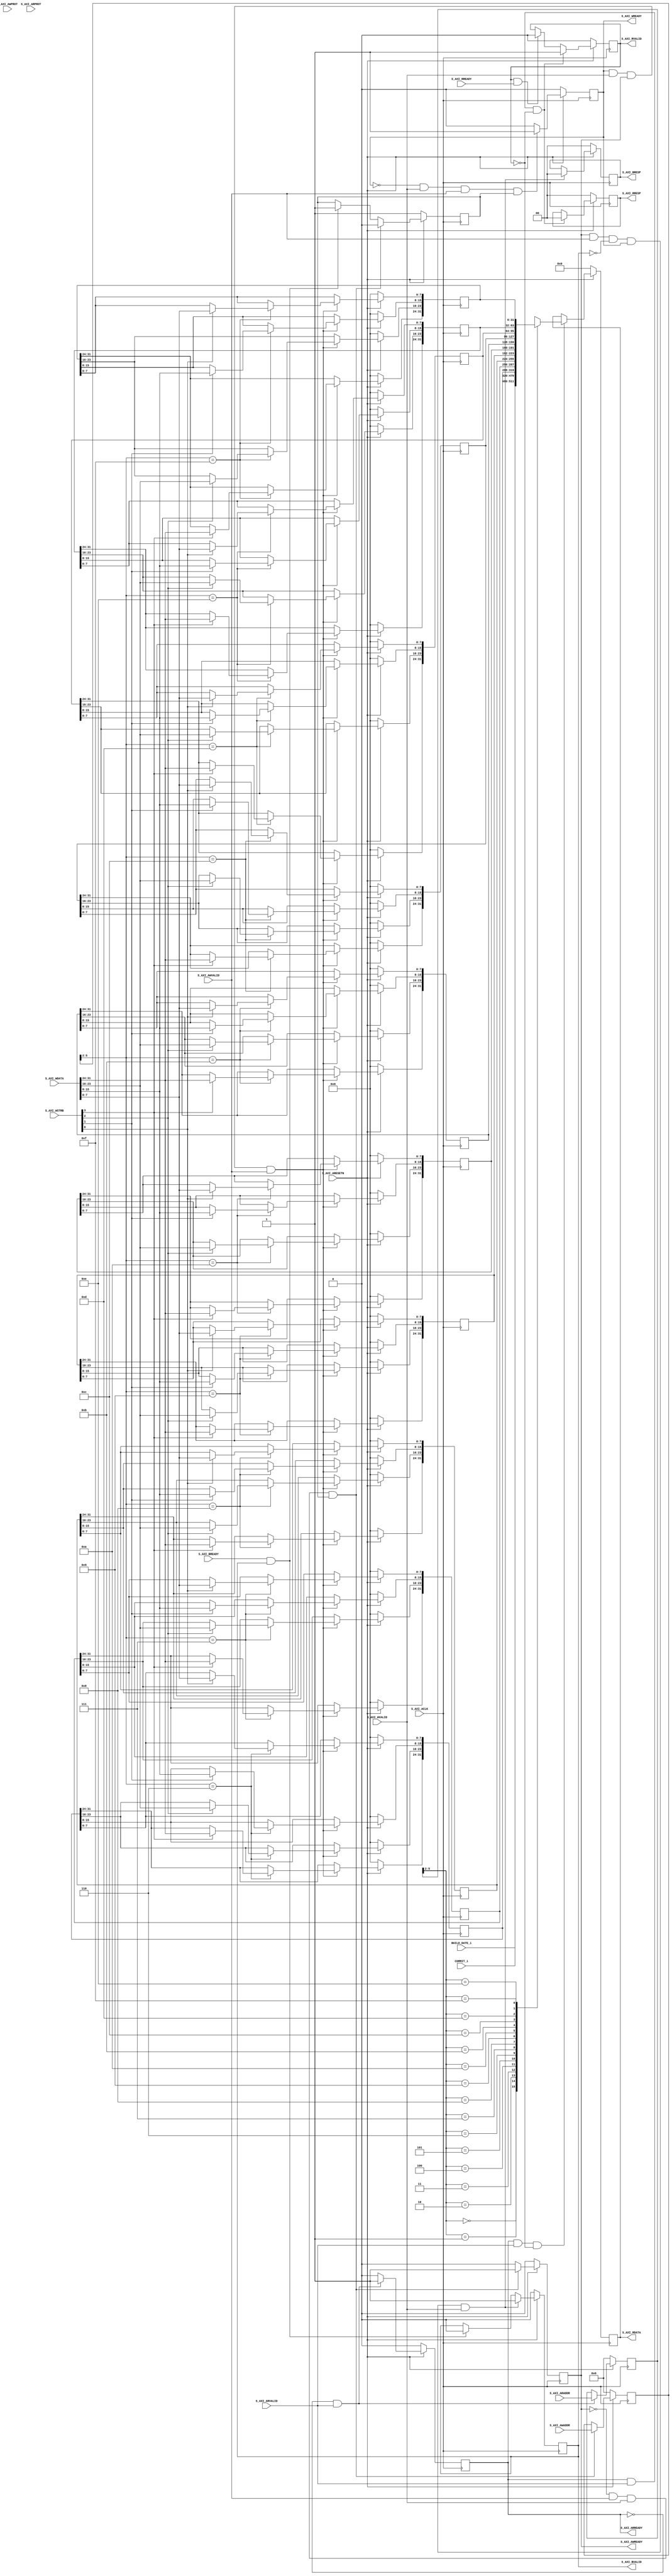

`timescale 1 ns / 1 ps

	module register_interface_v1_0_S00_AXI #
	(
		// Users to add parameters here

		// User parameters ends
		// Do not modify the parameters beyond this line

		// Width of S_AXI data bus
		parameter integer C_S_AXI_DATA_WIDTH	= 32,
		// Width of S_AXI address bus
		parameter integer C_S_AXI_ADDR_WIDTH	= 6
	)
	(
		// Users to add ports here
        input wire [31:0] BUILD_DATE_i,
        input wire [159:0] COMMIT_i,
		// User ports ends
		// Do not modify the ports beyond this line

		// Global Clock Signal
		input wire  S_AXI_ACLK,
		// Global Reset Signal. This Signal is Active LOW
		input wire  S_AXI_ARESETN,
		// Write address (issued by master, acceped by Slave)
		input wire [C_S_AXI_ADDR_WIDTH-1 : 0] S_AXI_AWADDR,
		// Write channel Protection type. This signal indicates the
    		// privilege and security level of the transaction, and whether
    		// the transaction is a data access or an instruction access.
		input wire [2 : 0] S_AXI_AWPROT,
		// Write address valid. This signal indicates that the master signaling
    		// valid write address and control information.
		input wire  S_AXI_AWVALID,
		// Write address ready. This signal indicates that the slave is ready
    		// to accept an address and associated control signals.
		output wire  S_AXI_AWREADY,
		// Write data (issued by master, acceped by Slave) 
		input wire [C_S_AXI_DATA_WIDTH-1 : 0] S_AXI_WDATA,
		// Write strobes. This signal indicates which byte lanes hold
    		// valid data. There is one write strobe bit for each eight
    		// bits of the write data bus.    
		input wire [(C_S_AXI_DATA_WIDTH/8)-1 : 0] S_AXI_WSTRB,
		// Write valid. This signal indicates that valid write
    		// data and strobes are available.
		input wire  S_AXI_WVALID,
		// Write ready. This signal indicates that the slave
    		// can accept the write data.
		output wire  S_AXI_WREADY,
		// Write response. This signal indicates the status
    		// of the write transaction.
		output wire [1 : 0] S_AXI_BRESP,
		// Write response valid. This signal indicates that the channel
    		// is signaling a valid write response.
		output wire  S_AXI_BVALID,
		// Response ready. This signal indicates that the master
    		// can accept a write response.
		input wire  S_AXI_BREADY,
		// Read address (issued by master, acceped by Slave)
		input wire [C_S_AXI_ADDR_WIDTH-1 : 0] S_AXI_ARADDR,
		// Protection type. This signal indicates the privilege
    		// and security level of the transaction, and whether the
    		// transaction is a data access or an instruction access.
		input wire [2 : 0] S_AXI_ARPROT,
		// Read address valid. This signal indicates that the channel
    		// is signaling valid read address and control information.
		input wire  S_AXI_ARVALID,
		// Read address ready. This signal indicates that the slave is
    		// ready to accept an address and associated control signals.
		output wire  S_AXI_ARREADY,
		// Read data (issued by slave)
		output wire [C_S_AXI_DATA_WIDTH-1 : 0] S_AXI_RDATA,
		// Read response. This signal indicates the status of the
    		// read transfer.
		output wire [1 : 0] S_AXI_RRESP,
		// Read valid. This signal indicates that the channel is
    		// signaling the required read data.
		output wire  S_AXI_RVALID,
		// Read ready. This signal indicates that the master can
    		// accept the read data and response information.
		input wire  S_AXI_RREADY
	);

	// AXI4LITE signals
	reg [C_S_AXI_ADDR_WIDTH-1 : 0] 	axi_awaddr;
	reg  	axi_awready;
	reg  	axi_wready;
	reg [1 : 0] 	axi_bresp;
	reg  	axi_bvalid;
	reg [C_S_AXI_ADDR_WIDTH-1 : 0] 	axi_araddr;
	reg  	axi_arready;
	reg [C_S_AXI_DATA_WIDTH-1 : 0] 	axi_rdata;
	reg [1 : 0] 	axi_rresp;
	reg  	axi_rvalid;

	// Example-specific design signals
	// local parameter for addressing 32 bit / 64 bit C_S_AXI_DATA_WIDTH
	// ADDR_LSB is used for addressing 32/64 bit registers/memories
	// ADDR_LSB = 2 for 32 bits (n downto 2)
	// ADDR_LSB = 3 for 64 bits (n downto 3)
	localparam integer ADDR_LSB = (C_S_AXI_DATA_WIDTH/32) + 1;
	localparam integer OPT_MEM_ADDR_BITS = 3;
	//----------------------------------------------
	//-- Signals for user logic register space example
	//------------------------------------------------
	//-- Number of Slave Registers 16
	reg [C_S_AXI_DATA_WIDTH-1:0]	slv_reg0;
	reg [C_S_AXI_DATA_WIDTH-1:0]	slv_reg1;
	reg [C_S_AXI_DATA_WIDTH-1:0]	slv_reg2;
	reg [C_S_AXI_DATA_WIDTH-1:0]	slv_reg3;
	reg [C_S_AXI_DATA_WIDTH-1:0]	slv_reg4;
	reg [C_S_AXI_DATA_WIDTH-1:0]	slv_reg5;
	reg [C_S_AXI_DATA_WIDTH-1:0]	slv_reg6;
	reg [C_S_AXI_DATA_WIDTH-1:0]	slv_reg7;
	reg [C_S_AXI_DATA_WIDTH-1:0]	slv_reg8;
	reg [C_S_AXI_DATA_WIDTH-1:0]	slv_reg9;
	reg [C_S_AXI_DATA_WIDTH-1:0]	slv_reg10;
	reg [C_S_AXI_DATA_WIDTH-1:0]	slv_reg11;
	reg [C_S_AXI_DATA_WIDTH-1:0]	slv_reg12;
	reg [C_S_AXI_DATA_WIDTH-1:0]	slv_reg13;
	reg [C_S_AXI_DATA_WIDTH-1:0]	slv_reg14;
	reg [C_S_AXI_DATA_WIDTH-1:0]	slv_reg15;
	wire	 slv_reg_rden;
	wire	 slv_reg_wren;
	reg [C_S_AXI_DATA_WIDTH-1:0]	 reg_data_out;
	integer	 byte_index;
	reg	 aw_en;

	// I/O Connections assignments

	assign S_AXI_AWREADY	= axi_awready;
	assign S_AXI_WREADY	= axi_wready;
	assign S_AXI_BRESP	= axi_bresp;
	assign S_AXI_BVALID	= axi_bvalid;
	assign S_AXI_ARREADY	= axi_arready;
	assign S_AXI_RDATA	= axi_rdata;
	assign S_AXI_RRESP	= axi_rresp;
	assign S_AXI_RVALID	= axi_rvalid;
	// Implement axi_awready generation
	// axi_awready is asserted for one S_AXI_ACLK clock cycle when both
	// S_AXI_AWVALID and S_AXI_WVALID are asserted. axi_awready is
	// de-asserted when reset is low.

	always @( posedge S_AXI_ACLK )
	begin
	  if ( S_AXI_ARESETN == 1'b0 )
	    begin
	      axi_awready <= 1'b0;
	      aw_en <= 1'b1;
	    end 
	  else
	    begin    
	      if (~axi_awready && S_AXI_AWVALID && S_AXI_WVALID && aw_en)
	        begin
	          // slave is ready to accept write address when 
	          // there is a valid write address and write data
	          // on the write address and data bus. This design 
	          // expects no outstanding transactions. 
	          axi_awready <= 1'b1;
	          aw_en <= 1'b0;
	        end
	        else if (S_AXI_BREADY && axi_bvalid)
	            begin
	              aw_en <= 1'b1;
	              axi_awready <= 1'b0;
	            end
	      else           
	        begin
	          axi_awready <= 1'b0;
	        end
	    end 
	end       

	// Implement axi_awaddr latching
	// This process is used to latch the address when both 
	// S_AXI_AWVALID and S_AXI_WVALID are valid. 

	always @( posedge S_AXI_ACLK )
	begin
	  if ( S_AXI_ARESETN == 1'b0 )
	    begin
	      axi_awaddr <= 0;
	    end 
	  else
	    begin    
	      if (~axi_awready && S_AXI_AWVALID && S_AXI_WVALID && aw_en)
	        begin
	          // Write Address latching 
	          axi_awaddr <= S_AXI_AWADDR;
	        end
	    end 
	end       

	// Implement axi_wready generation
	// axi_wready is asserted for one S_AXI_ACLK clock cycle when both
	// S_AXI_AWVALID and S_AXI_WVALID are asserted. axi_wready is 
	// de-asserted when reset is low. 

	always @( posedge S_AXI_ACLK )
	begin
	  if ( S_AXI_ARESETN == 1'b0 )
	    begin
	      axi_wready <= 1'b0;
	    end 
	  else
	    begin    
	      if (~axi_wready && S_AXI_WVALID && S_AXI_AWVALID && aw_en )
	        begin
	          // slave is ready to accept write data when 
	          // there is a valid write address and write data
	          // on the write address and data bus. This design 
	          // expects no outstanding transactions. 
	          axi_wready <= 1'b1;
	        end
	      else
	        begin
	          axi_wready <= 1'b0;
	        end
	    end 
	end       

	// Implement memory mapped register select and write logic generation
	// The write data is accepted and written to memory mapped registers when
	// axi_awready, S_AXI_WVALID, axi_wready and S_AXI_WVALID are asserted. Write strobes are used to
	// select byte enables of slave registers while writing.
	// These registers are cleared when reset (active low) is applied.
	// Slave register write enable is asserted when valid address and data are available
	// and the slave is ready to accept the write address and write data.
	assign slv_reg_wren = axi_wready && S_AXI_WVALID && axi_awready && S_AXI_AWVALID;

	always @( posedge S_AXI_ACLK )
	begin
	  if ( S_AXI_ARESETN == 1'b0 )
	    begin
	      slv_reg0 <= 0;
	      slv_reg1 <= 0;
	      slv_reg2 <= 0;
	      slv_reg3 <= 0;
	      slv_reg4 <= 0;
	      slv_reg5 <= 0;
	      slv_reg6 <= 0;
	      slv_reg7 <= 0;
	      slv_reg8 <= 0;
	      slv_reg9 <= 0;
	      slv_reg10 <= 0;
	      slv_reg11 <= 0;
	      slv_reg12 <= 0;
	      slv_reg13 <= 0;
	      slv_reg14 <= 0;
	      slv_reg15 <= 0;
	    end 
	  else begin
	    if (slv_reg_wren)
	      begin
	        case ( axi_awaddr[ADDR_LSB+OPT_MEM_ADDR_BITS:ADDR_LSB] )
	          4'h0:
	            for ( byte_index = 0; byte_index <= (C_S_AXI_DATA_WIDTH/8)-1; byte_index = byte_index+1 )
	              if ( S_AXI_WSTRB[byte_index] == 1 ) begin
	                // Respective byte enables are asserted as per write strobes 
	                // Slave register 0
	                slv_reg0[(byte_index*8) +: 8] <= S_AXI_WDATA[(byte_index*8) +: 8];
	              end  
	          4'h1:
	            for ( byte_index = 0; byte_index <= (C_S_AXI_DATA_WIDTH/8)-1; byte_index = byte_index+1 )
	              if ( S_AXI_WSTRB[byte_index] == 1 ) begin
	                // Respective byte enables are asserted as per write strobes 
	                // Slave register 1
	                slv_reg1[(byte_index*8) +: 8] <= S_AXI_WDATA[(byte_index*8) +: 8];
	              end  
	          4'h2:
	            for ( byte_index = 0; byte_index <= (C_S_AXI_DATA_WIDTH/8)-1; byte_index = byte_index+1 )
	              if ( S_AXI_WSTRB[byte_index] == 1 ) begin
	                // Respective byte enables are asserted as per write strobes 
	                // Slave register 2
	                slv_reg2[(byte_index*8) +: 8] <= S_AXI_WDATA[(byte_index*8) +: 8];
	              end  
	          4'h3:
	            for ( byte_index = 0; byte_index <= (C_S_AXI_DATA_WIDTH/8)-1; byte_index = byte_index+1 )
	              if ( S_AXI_WSTRB[byte_index] == 1 ) begin
	                // Respective byte enables are asserted as per write strobes 
	                // Slave register 3
	                slv_reg3[(byte_index*8) +: 8] <= S_AXI_WDATA[(byte_index*8) +: 8];
	              end  
	          4'h4:
	            for ( byte_index = 0; byte_index <= (C_S_AXI_DATA_WIDTH/8)-1; byte_index = byte_index+1 )
	              if ( S_AXI_WSTRB[byte_index] == 1 ) begin
	                // Respective byte enables are asserted as per write strobes 
	                // Slave register 4
	                slv_reg4[(byte_index*8) +: 8] <= S_AXI_WDATA[(byte_index*8) +: 8];
	              end  
	          4'h5:
	            for ( byte_index = 0; byte_index <= (C_S_AXI_DATA_WIDTH/8)-1; byte_index = byte_index+1 )
	              if ( S_AXI_WSTRB[byte_index] == 1 ) begin
	                // Respective byte enables are asserted as per write strobes 
	                // Slave register 5
	                slv_reg5[(byte_index*8) +: 8] <= S_AXI_WDATA[(byte_index*8) +: 8];
	              end  
	          4'h6:
	            for ( byte_index = 0; byte_index <= (C_S_AXI_DATA_WIDTH/8)-1; byte_index = byte_index+1 )
	              if ( S_AXI_WSTRB[byte_index] == 1 ) begin
	                // Respective byte enables are asserted as per write strobes 
	                // Slave register 6
	                slv_reg6[(byte_index*8) +: 8] <= S_AXI_WDATA[(byte_index*8) +: 8];
	              end  
	          4'h7:
	            for ( byte_index = 0; byte_index <= (C_S_AXI_DATA_WIDTH/8)-1; byte_index = byte_index+1 )
	              if ( S_AXI_WSTRB[byte_index] == 1 ) begin
	                // Respective byte enables are asserted as per write strobes 
	                // Slave register 7
	                slv_reg7[(byte_index*8) +: 8] <= S_AXI_WDATA[(byte_index*8) +: 8];
	              end  
	          4'h8:
	            for ( byte_index = 0; byte_index <= (C_S_AXI_DATA_WIDTH/8)-1; byte_index = byte_index+1 )
	              if ( S_AXI_WSTRB[byte_index] == 1 ) begin
	                // Respective byte enables are asserted as per write strobes 
	                // Slave register 8
	                slv_reg8[(byte_index*8) +: 8] <= S_AXI_WDATA[(byte_index*8) +: 8];
	              end  
	          4'h9:
	            for ( byte_index = 0; byte_index <= (C_S_AXI_DATA_WIDTH/8)-1; byte_index = byte_index+1 )
	              if ( S_AXI_WSTRB[byte_index] == 1 ) begin
	                // Respective byte enables are asserted as per write strobes 
	                // Slave register 9
	                slv_reg9[(byte_index*8) +: 8] <= S_AXI_WDATA[(byte_index*8) +: 8];
	              end  
	          4'hA:
	            for ( byte_index = 0; byte_index <= (C_S_AXI_DATA_WIDTH/8)-1; byte_index = byte_index+1 )
	              if ( S_AXI_WSTRB[byte_index] == 1 ) begin
	                // Respective byte enables are asserted as per write strobes 
	                // Slave register 10
	                slv_reg10[(byte_index*8) +: 8] <= S_AXI_WDATA[(byte_index*8) +: 8];
	              end  
	          4'hB:
	            for ( byte_index = 0; byte_index <= (C_S_AXI_DATA_WIDTH/8)-1; byte_index = byte_index+1 )
	              if ( S_AXI_WSTRB[byte_index] == 1 ) begin
	                // Respective byte enables are asserted as per write strobes 
	                // Slave register 11
	                slv_reg11[(byte_index*8) +: 8] <= S_AXI_WDATA[(byte_index*8) +: 8];
	              end  
	          4'hC:
	            for ( byte_index = 0; byte_index <= (C_S_AXI_DATA_WIDTH/8)-1; byte_index = byte_index+1 )
	              if ( S_AXI_WSTRB[byte_index] == 1 ) begin
	                // Respective byte enables are asserted as per write strobes 
	                // Slave register 12
	                slv_reg12[(byte_index*8) +: 8] <= S_AXI_WDATA[(byte_index*8) +: 8];
	              end  
	          4'hD:
	            for ( byte_index = 0; byte_index <= (C_S_AXI_DATA_WIDTH/8)-1; byte_index = byte_index+1 )
	              if ( S_AXI_WSTRB[byte_index] == 1 ) begin
	                // Respective byte enables are asserted as per write strobes 
	                // Slave register 13
	                slv_reg13[(byte_index*8) +: 8] <= S_AXI_WDATA[(byte_index*8) +: 8];
	              end  
	          4'hE:
	            for ( byte_index = 0; byte_index <= (C_S_AXI_DATA_WIDTH/8)-1; byte_index = byte_index+1 )
	              if ( S_AXI_WSTRB[byte_index] == 1 ) begin
	                // Respective byte enables are asserted as per write strobes 
	                // Slave register 14
	                slv_reg14[(byte_index*8) +: 8] <= S_AXI_WDATA[(byte_index*8) +: 8];
	              end  
	          4'hF:
	            for ( byte_index = 0; byte_index <= (C_S_AXI_DATA_WIDTH/8)-1; byte_index = byte_index+1 )
	              if ( S_AXI_WSTRB[byte_index] == 1 ) begin
	                // Respective byte enables are asserted as per write strobes 
	                // Slave register 15
	                slv_reg15[(byte_index*8) +: 8] <= S_AXI_WDATA[(byte_index*8) +: 8];
	              end  
	          default : begin
	                      slv_reg0 <= slv_reg0;
	                      slv_reg1 <= slv_reg1;
	                      slv_reg2 <= slv_reg2;
	                      slv_reg3 <= slv_reg3;
	                      slv_reg4 <= slv_reg4;
	                      slv_reg5 <= slv_reg5;
	                      slv_reg6 <= slv_reg6;
	                      slv_reg7 <= slv_reg7;
	                      slv_reg8 <= slv_reg8;
	                      slv_reg9 <= slv_reg9;
	                      slv_reg10 <= slv_reg10;
	                      slv_reg11 <= slv_reg11;
	                      slv_reg12 <= slv_reg12;
	                      slv_reg13 <= slv_reg13;
	                      slv_reg14 <= slv_reg14;
	                      slv_reg15 <= slv_reg15;
	                    end
	        endcase
	      end
	  end
	end    

	// Implement write response logic generation
	// The write response and response valid signals are asserted by the slave 
	// when axi_wready, S_AXI_WVALID, axi_wready and S_AXI_WVALID are asserted.  
	// This marks the acceptance of address and indicates the status of 
	// write transaction.

	always @( posedge S_AXI_ACLK )
	begin
	  if ( S_AXI_ARESETN == 1'b0 )
	    begin
	      axi_bvalid  <= 0;
	      axi_bresp   <= 2'b0;
	    end 
	  else
	    begin    
	      if (axi_awready && S_AXI_AWVALID && ~axi_bvalid && axi_wready && S_AXI_WVALID)
	        begin
	          // indicates a valid write response is available
	          axi_bvalid <= 1'b1;
	          axi_bresp  <= 2'b0; // 'OKAY' response 
	        end                   // work error responses in future
	      else
	        begin
	          if (S_AXI_BREADY && axi_bvalid) 
	            //check if bready is asserted while bvalid is high) 
	            //(there is a possibility that bready is always asserted high)   
	            begin
	              axi_bvalid <= 1'b0; 
	            end  
	        end
	    end
	end   

	// Implement axi_arready generation
	// axi_arready is asserted for one S_AXI_ACLK clock cycle when
	// S_AXI_ARVALID is asserted. axi_awready is 
	// de-asserted when reset (active low) is asserted. 
	// The read address is also latched when S_AXI_ARVALID is 
	// asserted. axi_araddr is reset to zero on reset assertion.

	always @( posedge S_AXI_ACLK )
	begin
	  if ( S_AXI_ARESETN == 1'b0 )
	    begin
	      axi_arready <= 1'b0;
	      axi_araddr  <= 32'b0;
	    end 
	  else
	    begin    
	      if (~axi_arready && S_AXI_ARVALID)
	        begin
	          // indicates that the slave has acceped the valid read address
	          axi_arready <= 1'b1;
	          // Read address latching
	          axi_araddr  <= S_AXI_ARADDR;
	        end
	      else
	        begin
	          axi_arready <= 1'b0;
	        end
	    end 
	end       

	// Implement axi_arvalid generation
	// axi_rvalid is asserted for one S_AXI_ACLK clock cycle when both 
	// S_AXI_ARVALID and axi_arready are asserted. The slave registers 
	// data are available on the axi_rdata bus at this instance. The 
	// assertion of axi_rvalid marks the validity of read data on the 
	// bus and axi_rresp indicates the status of read transaction.axi_rvalid 
	// is deasserted on reset (active low). axi_rresp and axi_rdata are 
	// cleared to zero on reset (active low).  
	always @( posedge S_AXI_ACLK )
	begin
	  if ( S_AXI_ARESETN == 1'b0 )
	    begin
	      axi_rvalid <= 0;
	      axi_rresp  <= 0;
	    end 
	  else
	    begin    
	      if (axi_arready && S_AXI_ARVALID && ~axi_rvalid)
	        begin
	          // Valid read data is available at the read data bus
	          axi_rvalid <= 1'b1;
	          axi_rresp  <= 2'b0; // 'OKAY' response
	        end   
	      else if (axi_rvalid && S_AXI_RREADY)
	        begin
	          // Read data is accepted by the master
	          axi_rvalid <= 1'b0;
	        end                
	    end
	end    

	// Implement memory mapped register select and read logic generation
	// Slave register read enable is asserted when valid address is available
	// and the slave is ready to accept the read address.
	assign slv_reg_rden = axi_arready & S_AXI_ARVALID & ~axi_rvalid;
	always @(*)
	begin
	      // Address decoding for reading registers
	      case ( axi_araddr[ADDR_LSB+OPT_MEM_ADDR_BITS:ADDR_LSB] )
	        4'h0   : reg_data_out <= BUILD_DATE_i;
	        4'h1   : reg_data_out <= COMMIT_i[159:128];
	        4'h2   : reg_data_out <= COMMIT_i[127:96];
	        4'h3   : reg_data_out <= COMMIT_i[95:64];
	        4'h4   : reg_data_out <= COMMIT_i[63:32];
	        4'h5   : reg_data_out <= COMMIT_i[31:0];
	        4'h6   : reg_data_out <= slv_reg6;
	        4'h7   : reg_data_out <= slv_reg7;
	        4'h8   : reg_data_out <= slv_reg8;
	        4'h9   : reg_data_out <= slv_reg9;
	        4'hA   : reg_data_out <= slv_reg10;
	        4'hB   : reg_data_out <= slv_reg11;
	        4'hC   : reg_data_out <= slv_reg12;
	        4'hD   : reg_data_out <= slv_reg13;
	        4'hE   : reg_data_out <= slv_reg14;
	        4'hF   : reg_data_out <= slv_reg15;
	        default : reg_data_out <= 0;
	      endcase
	end

	// Output register or memory read data
	always @( posedge S_AXI_ACLK )
	begin
	  if ( S_AXI_ARESETN == 1'b0 )
	    begin
	      axi_rdata  <= 0;
	    end 
	  else
	    begin    
	      // When there is a valid read address (S_AXI_ARVALID) with 
	      // acceptance of read address by the slave (axi_arready), 
	      // output the read dada 
	      if (slv_reg_rden)
	        begin
	          axi_rdata <= reg_data_out;     // register read data
	        end   
	    end
	end    

	// Add user logic here

	// User logic ends

	endmodule